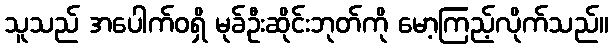
သူသည် အပေါက်ဝရှိ မုခ်ဦးဆိုင်းဘုတ်ကို မော့ကြည့်လိုက်သည်။